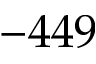
- 4 4 9